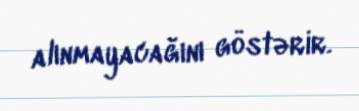
alınmayacağını göstərir.